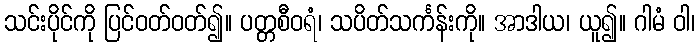
သင်းပိုင်ကို ပြင်ဝတ်ဝတ်၍။ ပတ္တစီဝရံ၊ သပိတ်သင်္ကန်းကို။ အာဒါယ၊ ယူ၍။ ဂါမံ ဝါ၊